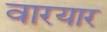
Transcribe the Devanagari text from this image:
वारयार